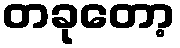
တခုတော့